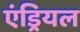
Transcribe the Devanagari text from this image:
एंड्रियल